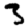
Digit: 3